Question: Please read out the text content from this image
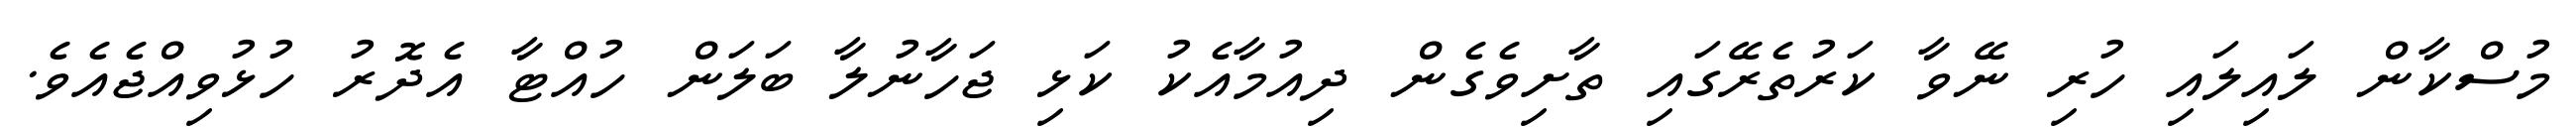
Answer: މުސްކާން ލައިލައި ހުރި ނޭވާ ކަރުތެރޭގައި ތާށިވެގެން ދިއުމާއެކު ކަޅި ޖަހާނުލާ ބަލަން ހުއްޓާ އެދޮރު ހުޅުވިއްޖެއެވެ.